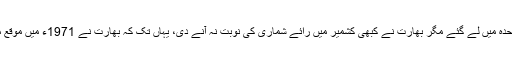
نہرو خود مسئلہ کشمیر کو اقوام متحدہ میں لے گئے مگر بھارت نے کبھی کشمیر میں رائے شماری کی نوبت نہ آنے دی، یہاں تک کہ بھارت نے 1971ء میں موقع ملتے ہی پاکستان کو دولخت کردیا۔